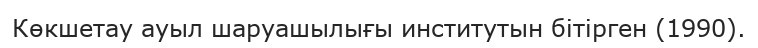
Көкшетау ауыл шаруашылығы институтын бітірген (1990).